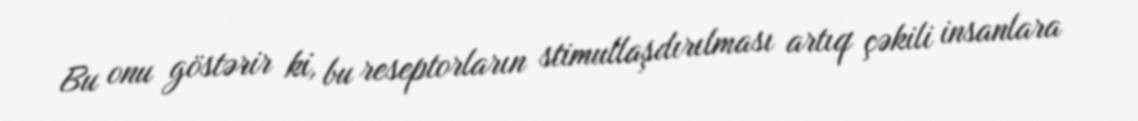
Bu onu göstərir ki, bu reseptorların stimullaşdırılması artıq çəkili insanlara